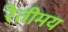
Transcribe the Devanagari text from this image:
रेतीमय